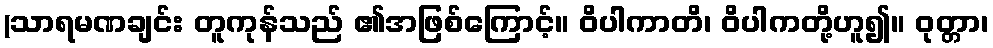
(သာရမဏချင်း တူကုန်သည် ၏အဖြစ်ကြောင့်။ ဝိပါကာတိ၊ ဝိပါကတို့ဟူ၍။ ဝုတ္တာ၊